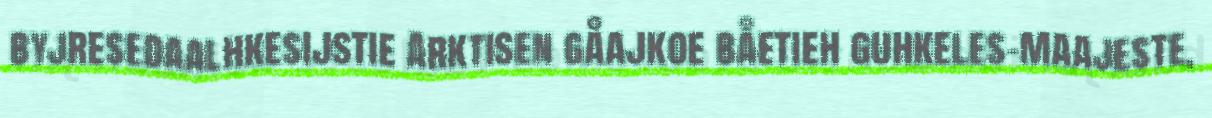
byjresedaalhkesijstie Arktisen gåajkoe båetieh guhkeles-maajeste,